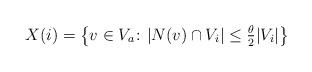
LaTeX: \begin{align*}X(i)=\bigl\{v\in V_a\colon |N(v)\cap V_i|\le \tfrac\theta 2|V_i|\bigr\}\end{align*}